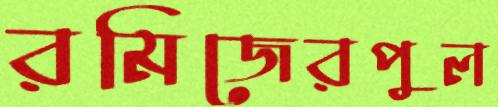
রমিজেরপুল